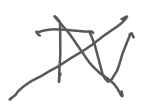
Text: TV
Cross-out: mix
Writing tool: digital_gray